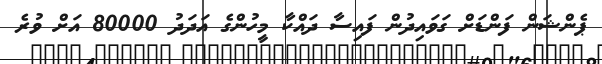
ޕެންޝަން ފަންޑަށް ގަވައިދުން ފައިސާ ދައްކާ މީހުންގެ އަދަދު 80000 އަށް ވުރެ